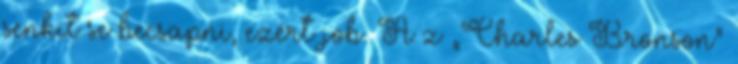
senkit se becsapni, ezért job. A z „Charles Bronson”